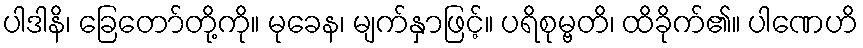
ပါဒါနိ၊ ခြေတော်တို့ကို။ မုခေန၊ မျက်နှာဖြင့်။ ပရိစုမ္ဗတိ၊ ထိခိုက်၏။ ပါဏေဟိ